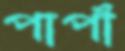
পাপাঁ